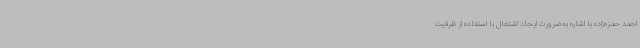
احمد حمزه‌زاده با اشاره به‌ضرورت ایجاد اشتغال با استفاده از ظرفیت